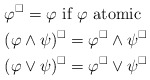
\begin{align*}& \varphi^{\Box} = \varphi \mbox{ if $\varphi$ atomic} \\& (\varphi \wedge \psi)^{\Box} = \varphi^{\Box} \wedge \psi^{\Box} \\& (\varphi \vee \psi)^{\Box} = \varphi^{\Box} \vee \psi^{\Box} \end{align*}